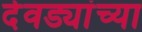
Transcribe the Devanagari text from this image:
देवड्यांच्या